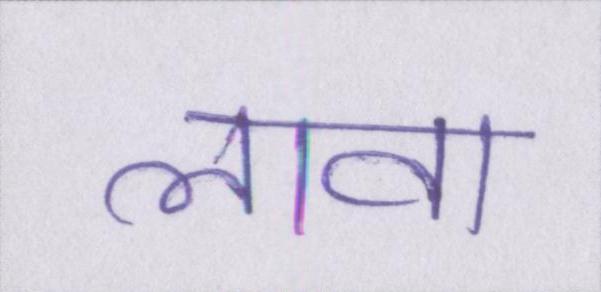
लावा